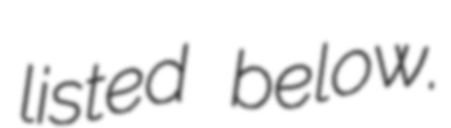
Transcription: listed below.